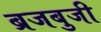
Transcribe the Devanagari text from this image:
ब्रजबुजी